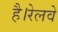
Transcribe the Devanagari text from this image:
है।रेलवे